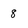
Character: 8